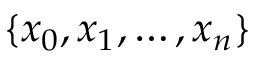
\{ x _ { 0 } , x _ { 1 } , \ldots , x _ { n } \}